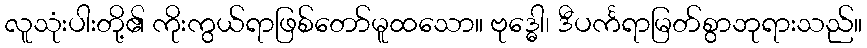
လူသုံးပါးတို့၏ ကိုးကွယ်ရာဖြစ်တော်မူထသော။ ဗုဒ္ဓေါ၊ ဒီပင်္ကရာမြတ်စွာဘုရားသည်။